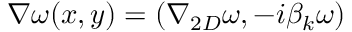
\nabla \omega ( x , y ) = ( \nabla _ { 2 D } \omega , - i \beta _ { k } \omega )